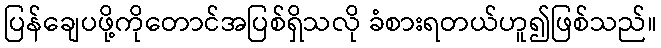
ပြန်ချေပဖို့ကိုတောင်အပြစ်ရှိသလို ခံစားရတယ်ဟူ၍ဖြစ်သည်။